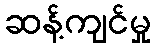
ဆန့်ကျင်မှု